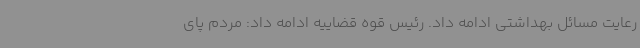
رعایت مسائل بهداشتی ادامه داد. رئیس قوه قضاییه ادامه داد: مردم پای